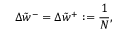
\Delta { \tilde { w } ^ { - } } = \Delta { \tilde { w } ^ { + } } : = \frac { 1 } { N } ,